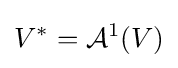
V^{*}={\mathcal {A}}^{1}(V)